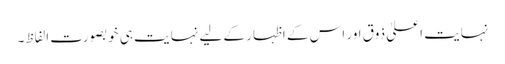
نہایت اعلیٰ ذوق اور اس کے اظہار کے لیے نہایت ہی خوبصورت الفاظ۔